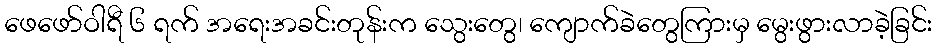
ဖေဖော်ဝါရီ ၆ ရက် အရေးအခင်းတုန်းက သွေးတွေ၊ ကျောက်ခဲတွေကြားမှ မွေးဖွားလာခဲ့ခြင်း